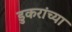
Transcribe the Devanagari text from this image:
डुकरांच्या